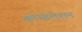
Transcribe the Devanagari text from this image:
कोंस्टेलेशन